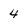
Character: 4